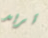
تريد